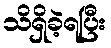
သိရှိခဲ့ရပြီး